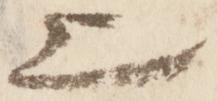
上